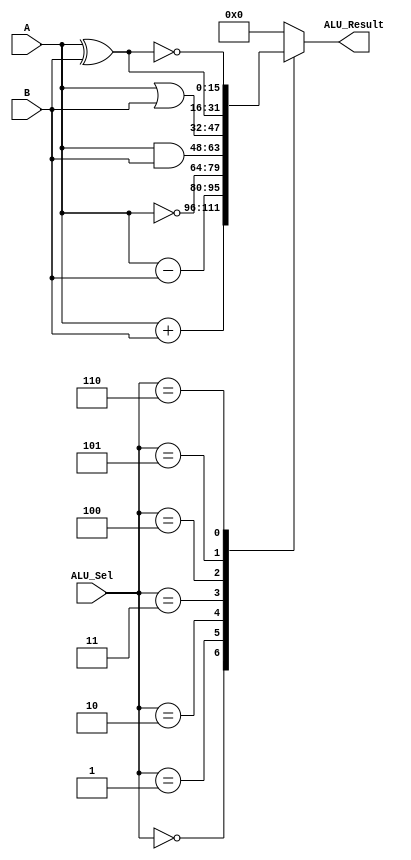
module alu(A, B, ALU_Sel, ALU_Result);
    input [15:0] A,B;  // ALU 16-bit Inputs                 
    input [2:0] ALU_Sel;// ALU Selection
    output [15:0] ALU_Result; // ALU 16-bit Output
    reg [15:0] ALU_Result;
    always @(A, B, ALU_Sel, ALU_Result)
    begin
        case(ALU_Sel)
        3'b000: // Addition
           ALU_Result = A + B ; 
        3'b001: // Subtraction
           ALU_Result = A - B ;
        3'b010: //nottttttttttttt
           ALU_Result = ~A;
        3'b011: //  Logical and 
           ALU_Result = A & B;
        3'b100: //  Logical or
           ALU_Result = A | B;
        3'b101: //  Logical xor 
           ALU_Result = A ^ B;
        3'b110: // Logical xnor
           ALU_Result = ~(A ^ B);
          default: ALU_Result = 16'b0000000000000000; 
        endcase
    end

endmodule